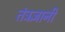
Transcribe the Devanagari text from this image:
तंत्रज्ञानी